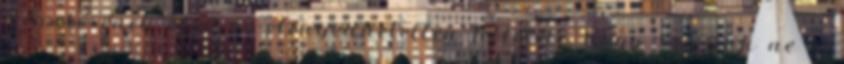
művelésének első és elengedhetetlen feltétele, hogy szívünk ne a